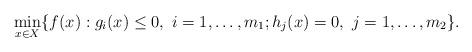
LaTeX: \begin{align*}\begin{array}{rl}\min\limits_{x \in X} \{f(x): g_i(x) \leq 0, \ i=1,\ldots,m_1; h_j(x) = 0, \ j=1,\ldots,m_2\}.\end{array}\end{align*}